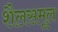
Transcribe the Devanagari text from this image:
शैलसमूल